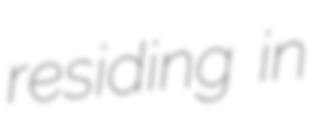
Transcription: residing in